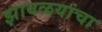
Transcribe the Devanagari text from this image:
झावळयांचा